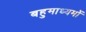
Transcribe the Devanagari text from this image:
बहुमाध्यमों